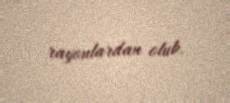
rayonlardan olub.